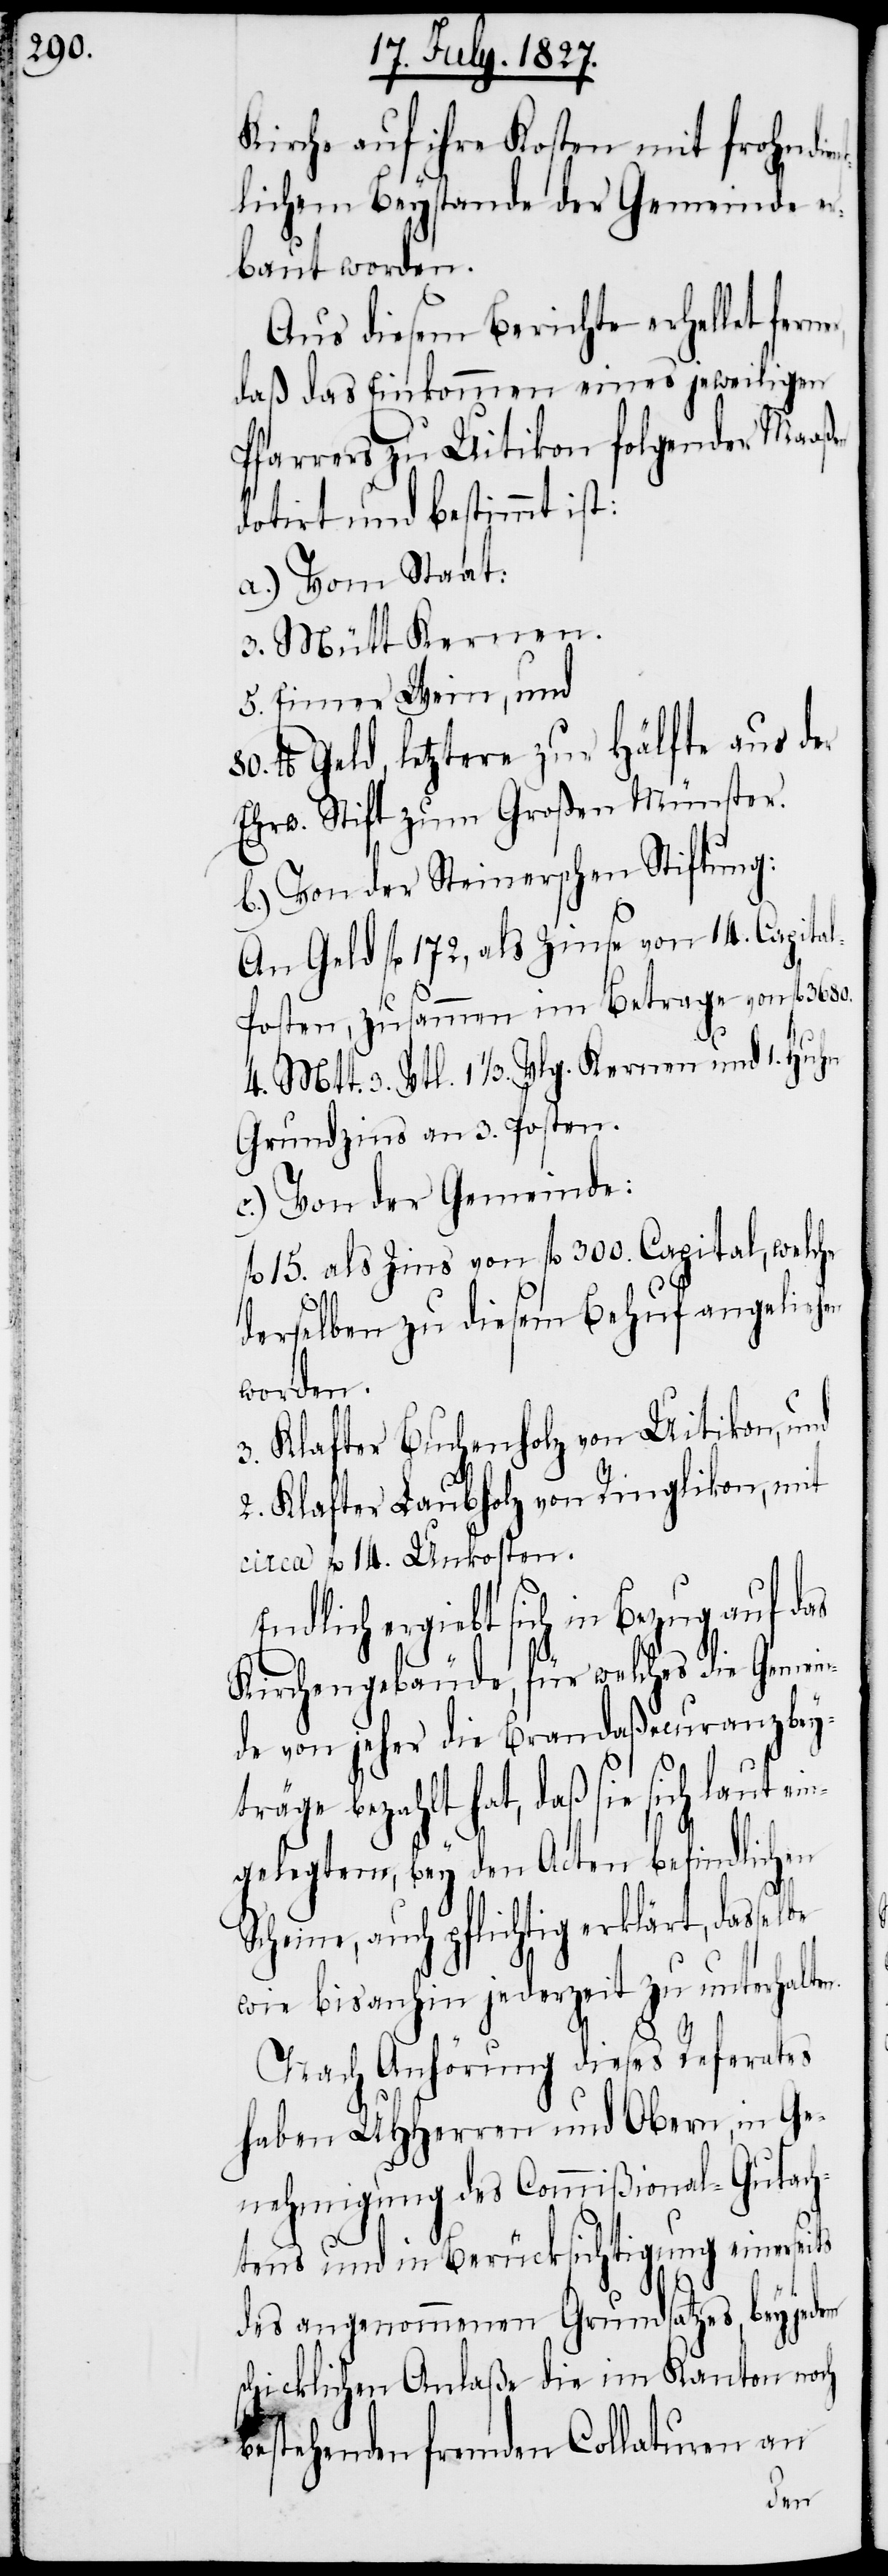
Kirche auf ihre Kosten mit frohndi¬
tlichem Beystande der Gemeinde er¬
baut worden.
Aus diesem Berichte erhellet
daß das Einkommen eines jeweiligen
Pfarrers zu Uitikon folgender Maaß¬
datirt und bestimmt ist:
a.) Vom Staat:
3. Mütt Kernen.
5. Eimer Wein, und
lb. Geld, letztere zur Hälfte aus der
Ehrw. Stift zum Großen Münster.
b.) Von der Steinerschen Stiftung:
An Geld fl. 172, als Zinse von 14. Capita¬
l-Posten, zusammen im Betrage von fl. 3680.
4. Mtt. 3. Vtl. 1 1/3. Vlg. Kernen und 1. Huhn
Grundzins an 3. Posten.
c.) Von der Gemeinde:
fl. 15. als Zins von fl. 300. Capital, welche
derselben zu diesem Behuf angeliehen
worden.
3. Klafter Buchenholz von Uitikon, und
2. Klafter Laubholz von Ringlikon, mit
circa fl. 14. Unkosten.
Endlich ergibt sich in Bezug auf das
Kirchengebäude, für welches die Gemein¬
de von jeher die Brandaßecuranzbey¬
träge bezahlt hat, daß sie sich laut e¬
ngelegtem, bey den Acten befindlichen
Scheine, auch pflichtig erklärt, dassel¬
wie bis anhin jederzeit zu unterhalten.
be
Nach Anhörung dieses Referates
haben UHHerren und Obern, in Ge¬
nehmigung des Commißional-Gutach¬
tens und in Berücksichtigung einerseits
des angenommenen Grundsatzes, bey
schicklichen Anlaße die im Kanton noch
bestehenden fremden Collaturen an
en